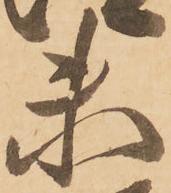
未